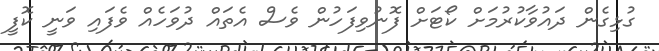
ގުޅިގެން ދައުވާކުރުމަށް ކޯޓަށް ފޮނުވިފަހުން ވެސް އެތައް ދުވަހެއް ވެފައި ވަނީ ކޮފީ